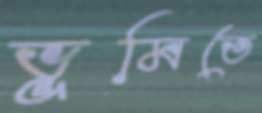
ভূমিতে